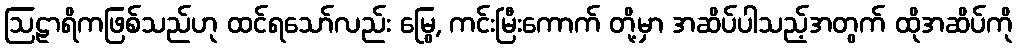
ဩဠာရိကဖြစ်သည်ဟု ထင်ရသော်လည်း မြွေ, ကင်းမြီးကောက် တို့မှာ အဆိပ်ပါသည့်အတွက် ထိုအဆိပ်ကို